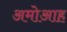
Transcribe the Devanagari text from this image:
अमोआह